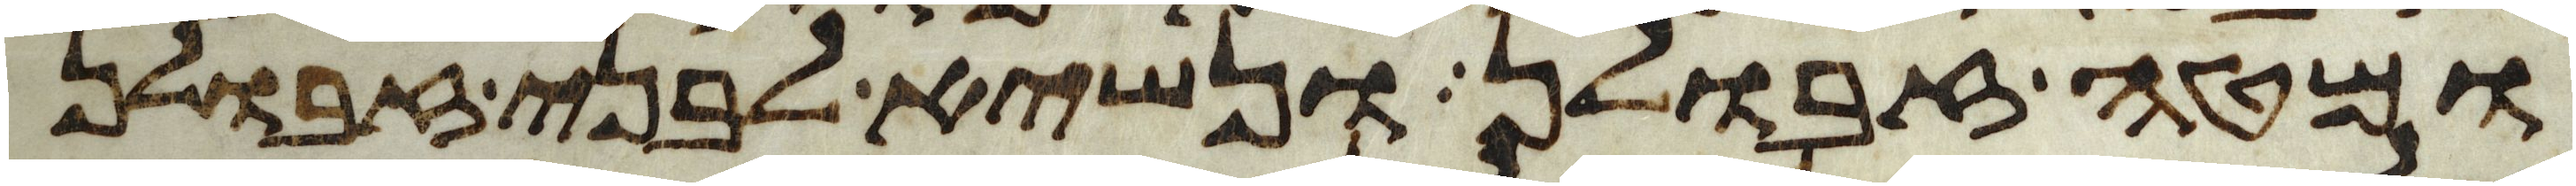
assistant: ומטה זבולן ונשיא לבני זבולן